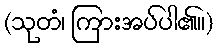
(သုတံ၊ ကြားအပ်ပါ၏။)